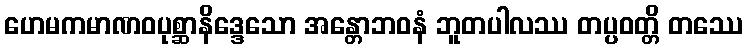
ဟေမကမာဏဝပုစ္ဆာနိဒ္ဒေသော အန္တောဘဝနံ ဘူတပါလဿ တပ္ပဝတ္တိ တဿေ